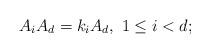
LaTeX: \begin{align*}A_i A_d = k_i A_d, \ 1 \le i < d;\end{align*}